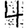
Digit: 4